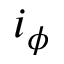
i _ { \phi }